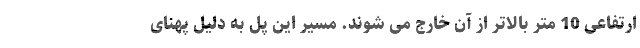
ارتفاعی 10 متر بالاتر از آن خارج می شوند. مسیر این پل به دلیل پهنای